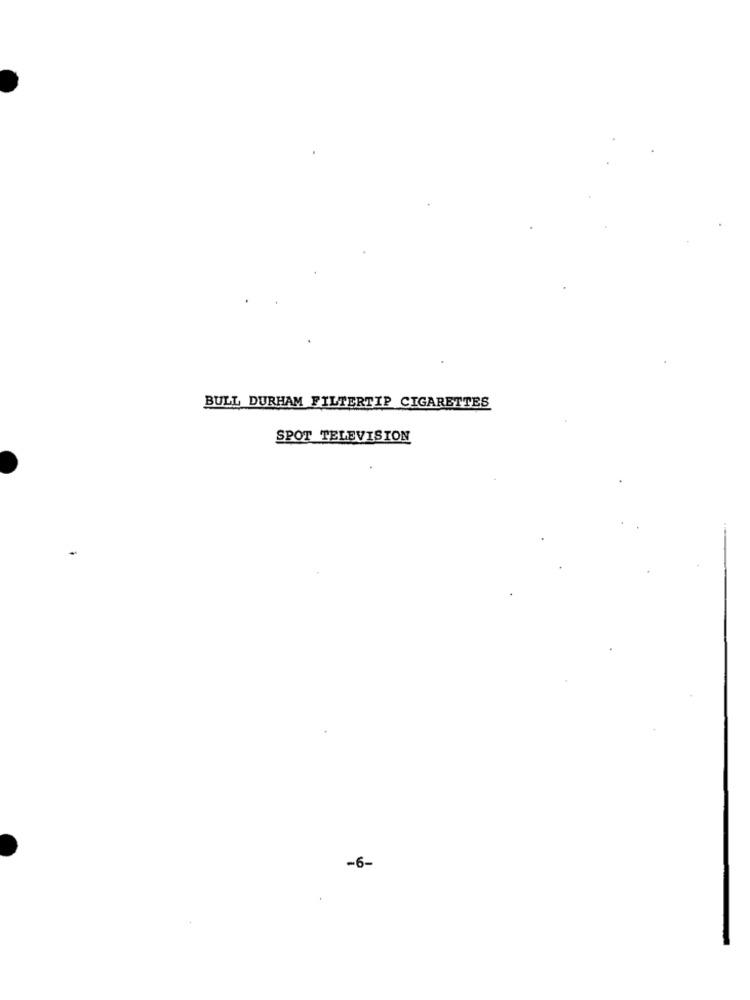
BULL DURHAM FILTERTIP CIGARETTES
SPOT TELEVISION
-6-